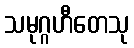
သမုဂ္ဂဟီတေသု